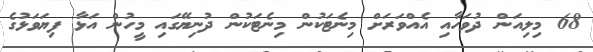
68 މިލިއަން ދުވަހާއި އެއްވަރަށް މިނެޓަކުން މިނެޓަކުން ދުނިޔޭގައި މީހުން އަޅާ ފިޔަވަޅުގެ